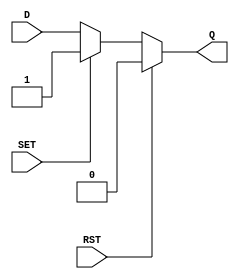
module async_register (
    input wire D,        // Data Input
    input wire SET,      // Asynchronous Set
    input wire RST,      // Asynchronous Reset
    output reg Q         // Data Output
);

// Always block for asynchronous behavior
always @(*) begin
    if (RST) begin
        Q = 1'b0;        // Reset the output to 0
    end else if (SET) begin
        Q = 1'b1;        // Set the output to 1
    end else begin
        Q = D;           // Capture the data input
    end
end

endmodule